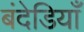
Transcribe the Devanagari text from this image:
बंदेडियाँ